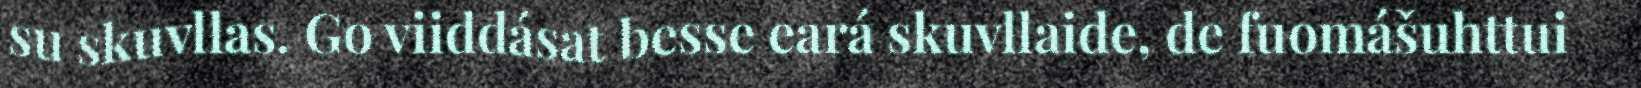
su skuvllas. Go viiddásat besse eará skuvllaide, de fuomášuhttui